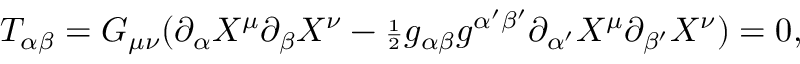
T _ { \alpha \beta } = G _ { \mu \nu } ( \partial _ { \alpha } X ^ { \mu } \partial _ { \beta } X ^ { \nu } - { \scriptstyle \frac { 1 } { 2 } } g _ { \alpha \beta } g ^ { \alpha ^ { \prime } \beta ^ { \prime } } \partial _ { \alpha ^ { \prime } } X ^ { \mu } \partial _ { \beta ^ { \prime } } X ^ { \nu } ) = 0 ,